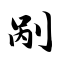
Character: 剐